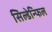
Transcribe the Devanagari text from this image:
सिल्डेन्फिल